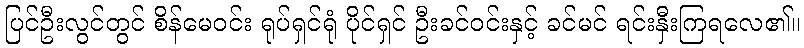
ပြင်ဦးလွင်တွင် စိန်မေဝင်း ရုပ်ရှင်ရုံ ပိုင်ရှင် ဦးခင်ဝင်းနှင့် ခင်မင် ရင်းနှီးကြရလေ၏။